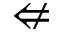
\nLeftarrow